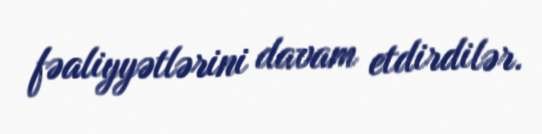
fəaliyyətlərini davam etdirdilər.